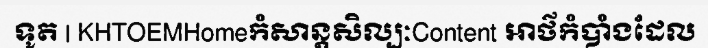
ទូត | KHTOEMHomeកំសាន្តសិល្បៈContent អាថ៌កំបាំងដែល